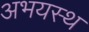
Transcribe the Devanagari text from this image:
अभयस्थ